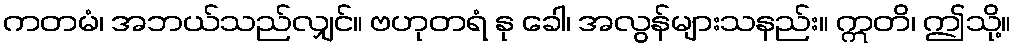
ကတမံ၊ အဘယ်သည်လျှင်။ ဗဟုတရံ နု ခေါ၊ အလွန်များသနည်း။ ဣတိ၊ ဤသို့။